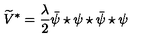
\widetilde { V } ^ { * } = \frac { \lambda } { 2 } \bar { \psi } \star \psi \star \bar { \psi } \star \psi